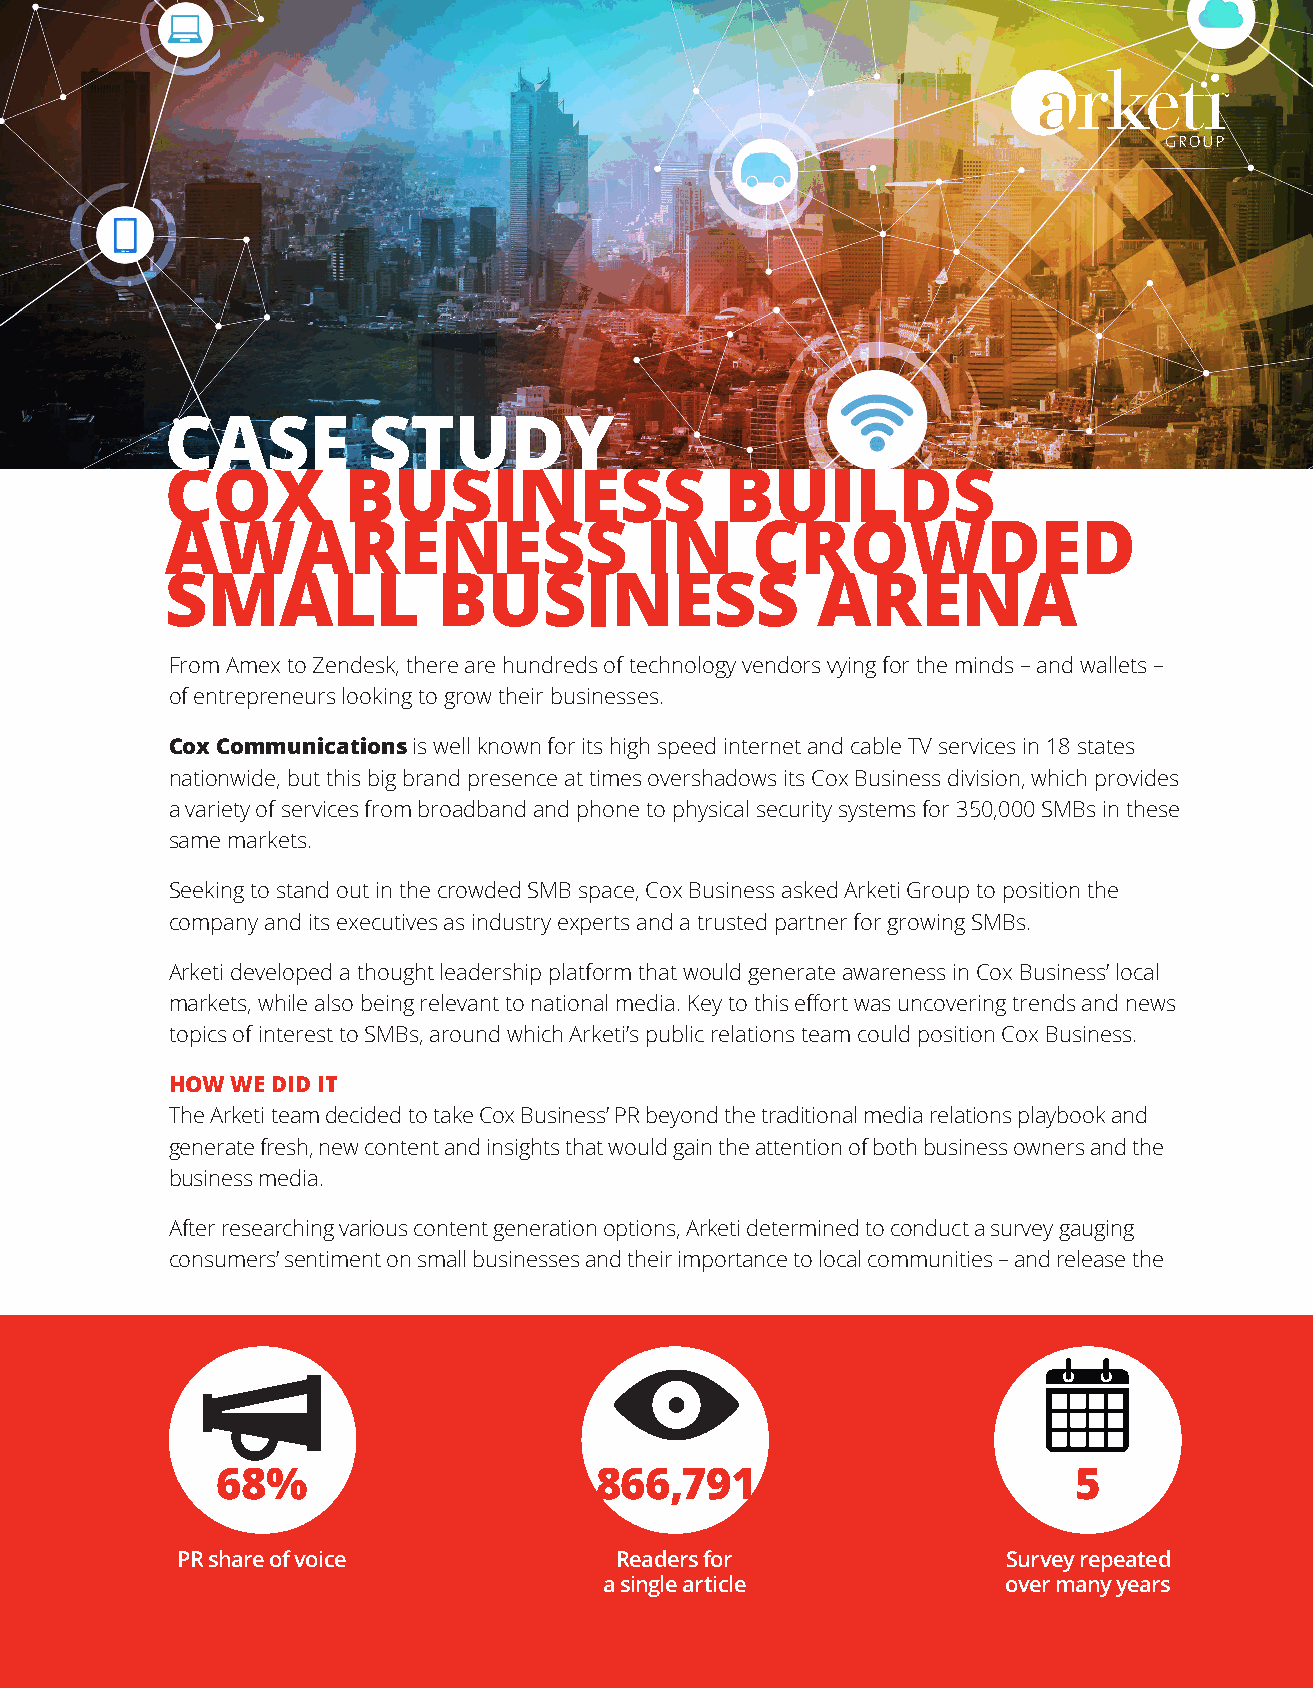
CASE         STUDY
 COX         BUSINESS                 BUILDS
 AWARENESS                       IN     CROWDED
 SMALL             BUSINESS                 ARENA
 From Amex to Zendesk, there are hundreds of technology vendors vying for the minds – and wallets –
 of entrepreneurs looking to grow their businesses.
 Cox Communications is well known for its high speed internet and cable TV services in 18 states
 nationwide, but this big brand presence at times overshadows its Cox Business division, which provides
 a variety of services from broadband and phone to physical security systems for 350,000 SMBs in these
 same markets.
 Seeking to stand out in the crowded SMB space, Cox Business asked Arketi Group to position the
 company and its executives as industry experts and a trusted partner for growing SMBs.
 Arketi developed a thought leadership platform that would generate awareness in Cox Business’ local
 markets, while also being relevant to national media. Key to this effort was uncovering trends and news
 topics of interest to SMBs, around which Arketi’s public relations team could position Cox Business.
 HOW WE DID IT
 The Arketi team decided to take Cox Business’ PR beyond the traditional media relations playbook and
 generate fresh, new content and insights that would gain the attention of both business owners and the
 business media.
 After researching various content generation options, Arketi determined to conduct a survey gauging
 consumers’ sentiment on small businesses and their importance to local communities – and release the
 68%                      866,791                         5
 PR share of voice            Readers for               Survey repeated
 a single article           over many years